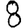
Digit: 8